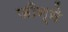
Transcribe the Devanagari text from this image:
जीन्ने